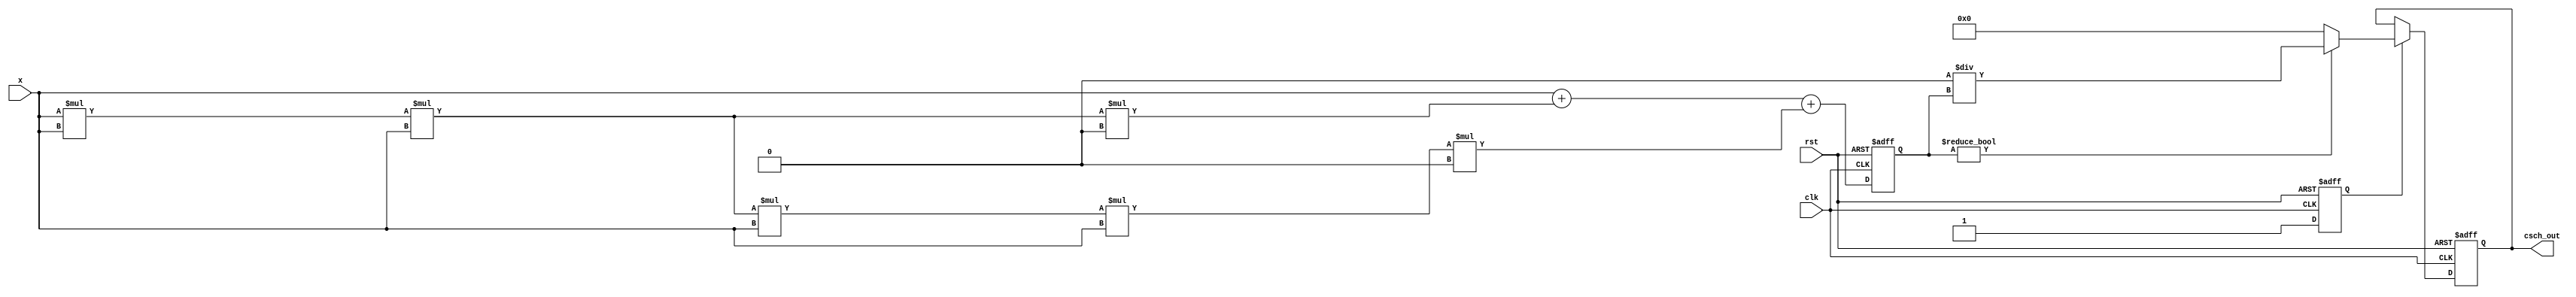
module hyperbolic_cosecant (
    input wire signed [31:0] x,    // 32-bit fixed-point representation of input
    output reg signed [31:0] csch_out, // 32-bit fixed-point representation of output
    input wire clk,
    input wire rst
);

reg signed [31:0] sinh_out; // Intermediate result for sinh(x)
reg valid_sinh; // Indicates if sinh calculation is valid

// Constants for sinh approximation
parameter real P1 = 1.0; // First term in Taylor series
parameter real P3 = 1.0/6.0; // Third term in Taylor series
parameter real P5 = 1.0/120.0; // Fifth term in Taylor series

// Evaluate sinh(x) using Taylor series
always @(posedge clk or posedge rst) begin
    if (rst) begin
        sinh_out <= 32'b0;
        valid_sinh <= 0;
    end else begin
        // Simple Taylor series around 0 for sinh
        // sinh(x) = x + x^3/3! + x^5/5! + ...
        sinh_out <= x + ( (x * x * x) * P3 ) + ( (x * x * x * x * x) * P5 );
        valid_sinh <= 1;
    end
end

// Compute the reciprocal of sinh_out
always @(posedge clk or posedge rst) begin
    if (rst) begin
        csch_out <= 32'b0;
    end else if (valid_sinh) begin
        if (sinh_out != 32'b0) begin
            // Avoid division by zero by using a simple iterative method if needed.
            // Here, we simply do a division.
            csch_out <= (1 << 32) / sinh_out; // Scale to simulate fixed-point division
        end else begin
            csch_out <= 32'b0; // If sinh_out is zero, csch_out is undefined or can be set to zero
        end
    end
end

endmodule